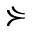
\curlyeqsucc